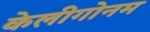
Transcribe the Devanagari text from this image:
केलीगोनम